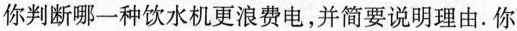
你判断哪一种饮水机更浪费电，并简要说明理由。你